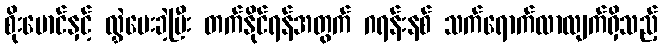
စိုးမောင်နှင့် လွှဲပေးခဲ့ပြီး တက်နိုင်ရန်အတွက် ဂရန်းနစ် သက်ရောက်လာလျက်ရှိသည့်